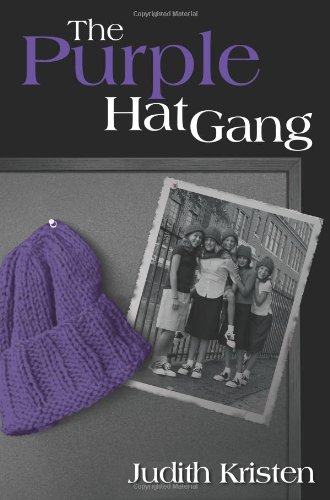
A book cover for The Purple Hat Gang; Judith Kristen; Parenting & Relationships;